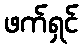
ဖက်ရှင်